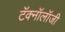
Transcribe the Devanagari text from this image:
टॅक्नॉलॉजी